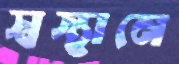
স্বস্থানে